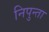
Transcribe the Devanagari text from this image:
निपुन्ता